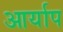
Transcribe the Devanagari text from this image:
आर्याप